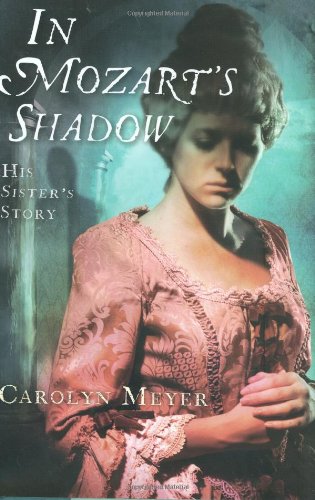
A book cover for In Mozart's Shadow: His Sister's Story; Carolyn Meyer; Teen & Young Adult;